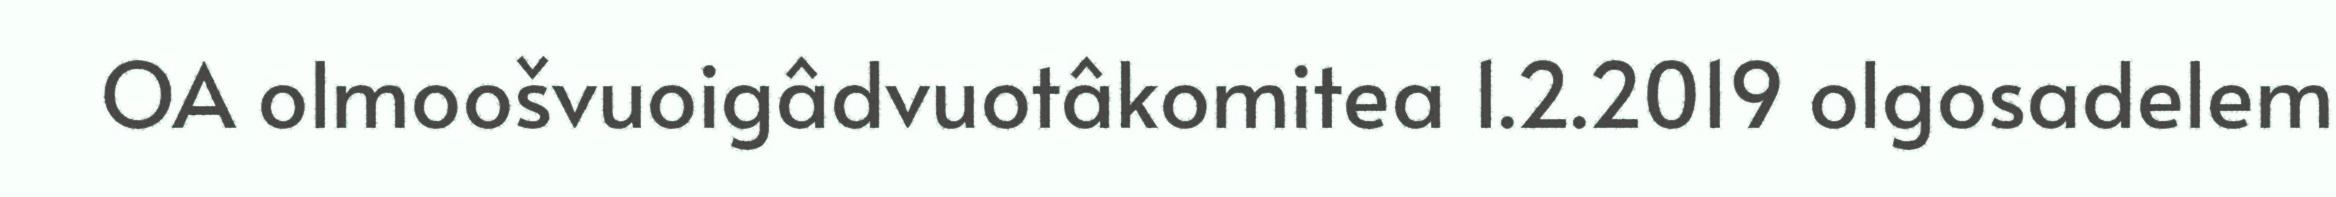
OA olmoošvuoigâdvuotâkomitea 1.2.2019 olgosadelem